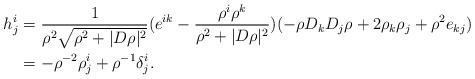
LaTeX: \begin{align*}h^i_j &=\frac{1}{\rho^2\sqrt{\rho^2+|D\rho|^2}}(e^{ik}-\frac{\rho^i\rho^k}{\rho^2+|D\rho|^2})(-\rho D_kD_j\rho+2\rho_k\rho_j+\rho^2e_{kj})\\&=-\rho^{-2}\rho^i_{j}+\rho^{-1}\delta^i_{j}.\end{align*}